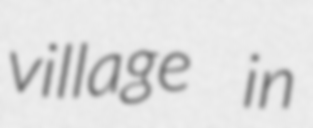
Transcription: village in